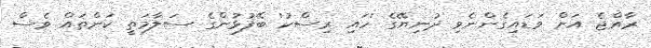
ރާއްޖެ އަށް ވަޑައިގެންނެވި ދުނިޔޭގެ 'ހައި ރިސްކު' ބޭފުޅުންގެ ސަލާމަތީ ކަންތައް ވެސް